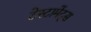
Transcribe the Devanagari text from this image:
टेस्टामेंट्स